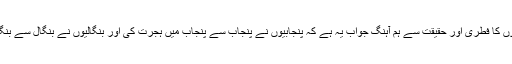
ان سوالوں کا فطری اور حقیقت سے ہم آہنگ جواب یہ ہے کہ پنجابیوں نے پنجاب سے پنجاب میں ہجرت کی اور بنگالیوں نے بنگال سے بنگال میں۔